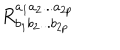
R _ { b _ { 1 } b _ { 2 } . . . b _ { 2 p } } ^ { a _ { 1 } a _ { 2 } . . . a _ { 2 p } }